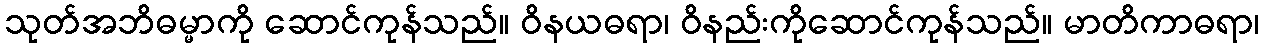
သုတ်အဘိဓမ္မာကို ဆောင်ကုန်သည်။ ဝိနယဓရာ၊ ဝိနည်းကိုဆောင်ကုန်သည်။ မာတိကာဓရာ၊